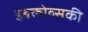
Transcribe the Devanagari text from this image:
डबकोव्सकी